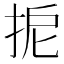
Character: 𢬉